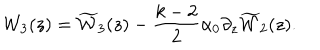
LaTeX: { { \cal W } _ { 3 } ( z ) } = { \widetilde { \cal W } _ { 3 } ( z ) } - \frac { k - 2 } { 2 } \alpha _ { 0 } \partial _ { z } { \widetilde { \cal W } _ { 2 } ( z ) } .